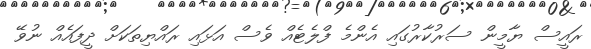
ރައީސް ޔާމީން ސަރުކާރުގައި އެންމެ ފްލެޓެއް ވެސް އަޅައި ރައްޔިތަކަށް ދީފައެއް ނުވޭ